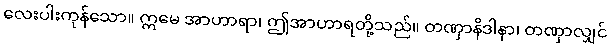
လေးပါးကုန်သော။ ဣမေ အာဟာရာ၊ ဤအာဟာရတို့သည်။ တဏှာနိဒါနာ၊ တဏှာလျှင်